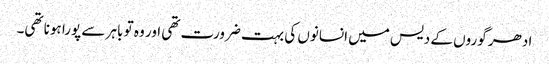
ادھر گوروں کے دیس میں انسانوں کی بہت ضرورت تھی اور وہ تو باہر سے پورا ہونا تھی۔